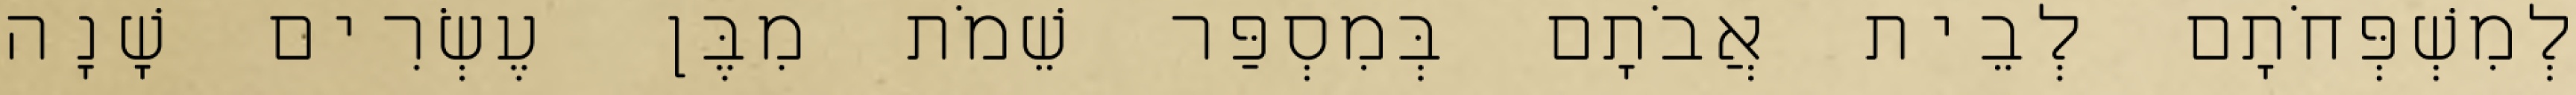
לְמִשְׁפְּחֹתָם לְבֵית אֲבֹתָם בְּמִסְפַּר שֵׁמֹת מִבֶּן עֶשְׂרִים שָׁנָה